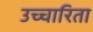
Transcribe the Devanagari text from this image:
उच्चारिता